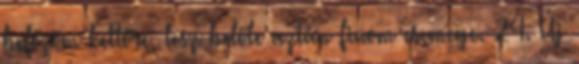
befőzöm kettőre, lesz belőle aztán finom csemege. 24. Új